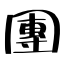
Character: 團